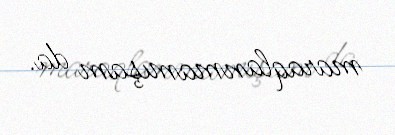
maraqlanmamışam da.